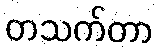
တသက်တာ